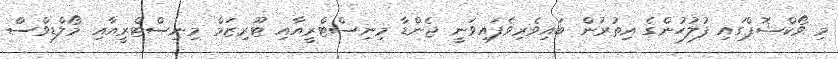
މި ވޯކްޝޮޕްގައި ފުލުހުންގެ އިތުރުން ބައިވެރިވެފައިވަނީ ޖެންޑާ މިނިސްޓްރީއާއި ޓޫރިޒަމް މިނިސްޓްރީއާއި މޯލްޑިވްސް